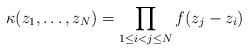
\begin{align*}\kappa(z_1,\ldots,z_N)=\prod_{1\le i<j\le N} f(z_j-z_i)\end{align*}